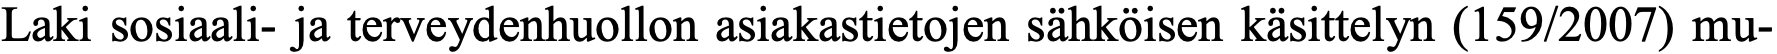
Laki sosiaali- ja terveydenhuollon asiakastietojen sähköisen käsittelyn (159/2007) mu-